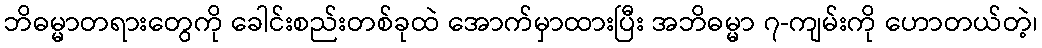
ဘိဓမ္မာတရားတွေကို ခေါင်းစည်းတစ်ခုထဲ အောက်မှာထားပြီး အဘိဓမ္မာ ၇-ကျမ်းကို ဟောတယ်တဲ့၊